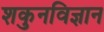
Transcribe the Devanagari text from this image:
शकुनविज्ञान